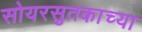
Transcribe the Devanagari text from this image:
सोयरसुतकाच्या